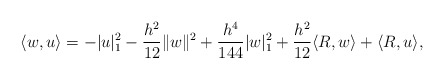
\begin{align*} \langle w,u \rangle=-|u|_1^2-\frac{h^2}{12}\|w\|^2+\frac{h^4}{144}|w|_1^2+\frac{h^2}{12}\langle R,w \rangle+\langle R,u\rangle, \end{align*}